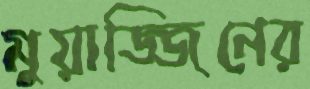
মুয়াজ্জিনের